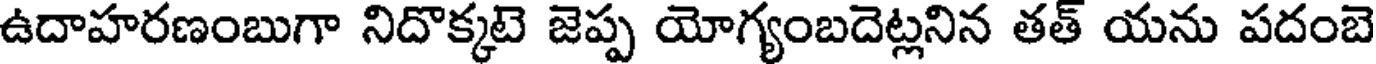
ఉదాహరణంబుగా నిదొక్కటె జెప్ప యోగ్యంబదెట్లనిన తత్ యను పదంబె